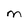
Character: M